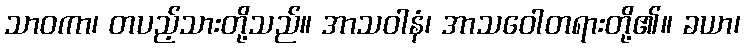
သာဝကာ၊ တပည့်သားတို့သည်။ အာသဝါနံ၊ အာသဝေါတရားတို့၏။ ခယာ၊